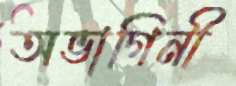
অভাগিনী